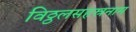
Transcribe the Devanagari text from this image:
विठ्ठलसहस्रनाम